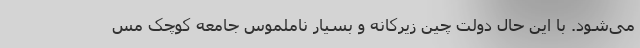
می‌شود. با این حال دولت چین زیرکانه و بسیار ناملموس جامعه کوچک مس